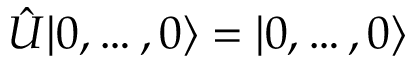
\hat { U } | 0 , \dots , 0 \rangle = | 0 , \dots , 0 \rangle